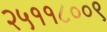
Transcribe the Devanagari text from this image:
२५११८००९